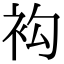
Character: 𧘤